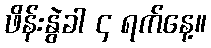
ဖိန်းနွဲခါ ၄ ရက်နေ့။